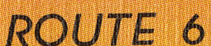
ROUTE 6